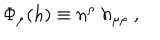
\Phi _ { \mu } ( h ) \equiv n ^ { \rho } \; h _ { \mu \rho } \; ,